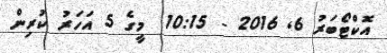
އޮކްޓޯބަރު 6